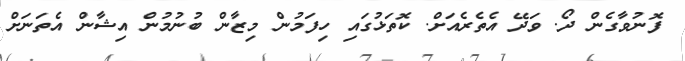
ފޮނުވާގެން ދޯ. ވަދޭ އެތެރެއަށް. ކޮތަޅުގައި ހިފަމުން މިޒާން ބުނުމުން އިޝާން އެތަނަށް